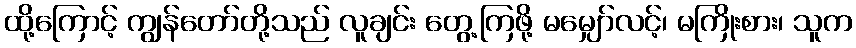
ထို့ကြောင့် ကျွန်တော်တို့သည် လူချင်း တွေ့ကြဖို့ မမျှော်လင့်၊ မကြိုးစား၊ သူက